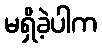
မရှိခဲ့ပါက